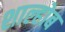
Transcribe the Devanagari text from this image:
शाल्होब